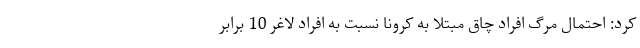
کرد: احتمال مرگ افراد چاق مبتلا به کرونا نسبت به افراد لاغر 10 برابر